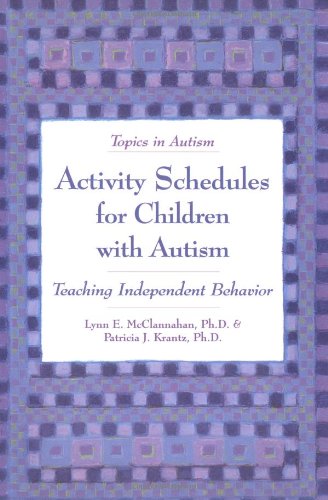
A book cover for Activity Schedules for Children With Autism: Teaching Independent Behavior (Topics in Autism); Lynn E. McClannahan; Health, Fitness & Dieting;